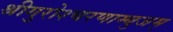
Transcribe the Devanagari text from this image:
श्रीगुरोश्चरणाम्बुजम्